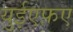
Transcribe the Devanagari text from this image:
युईएफ़ए